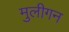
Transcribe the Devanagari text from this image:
मुलीगन